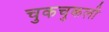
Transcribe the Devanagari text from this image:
चुकचुकली